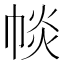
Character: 𢃔